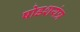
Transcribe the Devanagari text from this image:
षोडशयंत्र